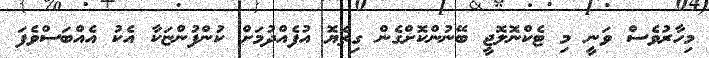
މިހާރުވެސް ވަނީ މި ޓެކްނޮލޮޖީ ބޭނުންކޮށްގެން ގިތެޔޮ އުފެއްދުމަށް ކުންފުންޏަކާ އެކު އެއްބަސްވެފަ